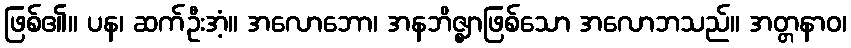
ဖြစ်၏။ ပန၊ ဆက်ဦးအံ့။ အလောဘော၊ အနဘိဇ္ဈာဖြစ်သော အလောဘသည်။ အတ္တနာဝ၊